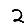
Digit: 2